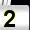
Digit: 2